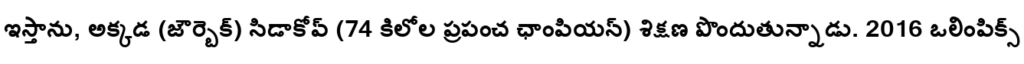
ఇస్తాను, అక్కడ (జౌర్బెక్) సిడాకోవ్ (74 కిలోల ప్రపంచ ఛాంపియన్) శిక్షణ పొందుతున్నాడు. 2016 ఒలింపిక్స్